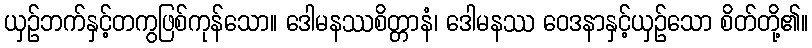
ယှဉ်ဘက်နှင့်တကွဖြစ်ကုန်သော။ ဒေါမနဿစိတ္တာနံ၊ ဒေါမနဿ ဝေဒနာနှင့်ယှဉ်သော စိတ်တို့၏။